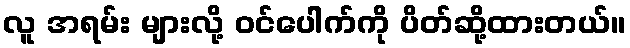
လူ အရမ်း များလို့ ဝင်ပေါက်ကို ပိတ်ဆို့ထားတယ်။